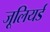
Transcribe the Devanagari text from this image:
जूलियर्ड